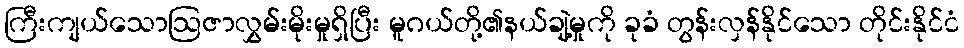
ကြီးကျယ်သောဩဇာလွှမ်းမိုးမှုရှိပြီး မူဂယ်တို့၏နယ်ချဲ့မှုကို ခုခံ တွန်းလှန်နိုင်သော တိုင်းနိုင်ငံ